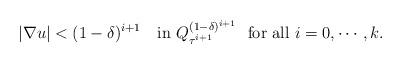
LaTeX: \begin{align*}|\nabla u|< (1-\delta)^{i+1}\quad\mbox{in }Q^{(1-\delta)^{i+1}}_{\tau^{i+1}} \ \mbox{ for all }i=0,\cdots, k.\end{align*}